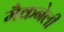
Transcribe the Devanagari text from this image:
मैकनेली